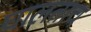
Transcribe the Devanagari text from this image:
घालताच